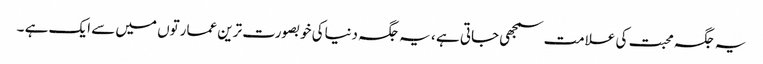
یہ جگہ محبت کی علامت سمجھی جاتی ہے ، یہ جگہ دنیاکی خوبصورت ترین عمارتوں میں سے ایک ہے ۔